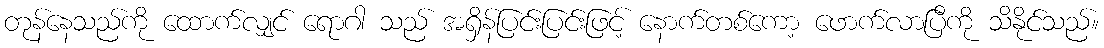
တုန်နေသည်ကို ထောက်လျှင် ရောဂါ သည် အရှိန်ပြင်းပြင်းဖြင့် နောက်တစ်ကော့ ဖောက်လာပြီကို သိနိုင်သည်။